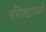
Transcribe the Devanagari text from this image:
रसिकहारावली